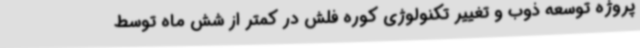
پروژه توسعه ذوب و تغییر تکنولوژی کوره فلش در کمتر از شش ماه توسط